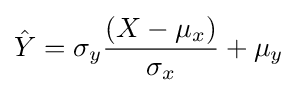
{\hat {Y}}=\sigma _{y}{\frac {(X-\mu _{x})}{\sigma _{x}}}+\mu _{y}